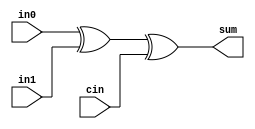
// Module for Full adder 
module FA (in0, in1, cin, sum); 
    input in0, in1, cin; 
    output sum; 

    xor(sum, in0, in1, cin);
endmodule 

// Module fpr recursive doubling based adder
module RCDA (a, b, c_input, sum, carry);
    input[63:0] a, b;
    input c_input;
    output[63:0] sum;
    output carry;

    // 00-> kill, 01->propagate, 10->generate
    reg[1:0] kgp[0:63];
    reg[63:0] Cin;

    reg[1:0] tmp1, tmp2;
    reg[1:0] kgp2[0:63];
    reg[1:0] kgp_t1[0:63];
    reg[1:0] kgp_t2[0:63];
    reg[6:0] i, j, k, m, n;

    always @(*) begin
        // tmp[1] = a[0]&b[0] | a[0]&cin | b[0]&cin;
        // tmp[0] = a[0]&b[0] | a[0]&cin | b[0]&cin;
        // kgp[0] = tmp;

        // Calculating kgp for 0th bit based on carry input given
        if(a[0]==0 & b[0]==0) 
            kgp[0] = 2'b00;
        else if(a[0]==1 & b[0]==1) 
            kgp[0] = 2'b10;
        else if((a[0]==1 & b[0]==0) | (a[0]==0 & b[0]==1)) begin
            if(c_input==1) 
                kgp[0] = 2'b10;
            else 
                kgp[0] = 2'b00;
        end

        i = 7'b0000001;
        // While loop to calculate kgp for remaining bits based on value of 'a' and 'b'
        while(i<=63) begin

            if(a[i]==0 & b[i]==0) 
                kgp[i] = 2'b00;
            else if(a[i]==1 & b[i]==1) 
                kgp[i] = 2'b10;
            else
                kgp[i] = 2'b01;
            
            i=i+1;
        end

        // Making a temporary kgp's for modification during recursive doubling
        for (i = 0; i<=63; i=i+1) begin
            kgp2[i] = kgp[i];
            kgp_t1[i] = kgp[i];
        end

        i=7'b0000001;
        while(i<=63) begin
            j = i;
            while(j<=63) begin
                tmp1 = kgp_t1[j-i];
                tmp2 = kgp_t1[j];

                if (tmp2==2'b00) begin
                    kgp2[j] = 2'b00;
                end
                else if(tmp2==2'b10) begin
                    kgp2[j] = 2'b10;
                end
                else begin
                    kgp2[j] = tmp1;
                end

                j=j+1;
            end

            for(k=0; k<=63; k=k+1) begin
                kgp_t1[k] = kgp2[k];
            end

            i=i<<1;
        end

        i=7'b0000000;
        while(i<=63) begin
            if(kgp2[i]==2'b10) begin
                Cin[i] = 1;
            end
            else begin
                Cin[i] = 0;
            end
            i=i+1;
        end
    end


    FA fa1(a[0], b[0], c_input, sum[0]);
    FA fa2(a[1], b[1], Cin[0], sum[1]);
    FA fa3(a[2], b[2], Cin[1], sum[2]);
    FA fa4(a[3], b[3], Cin[2], sum[3]);
    FA fa5(a[4], b[4], Cin[3], sum[4]);
    FA fa6(a[5], b[5], Cin[4], sum[5]);
    FA fa7(a[6], b[6], Cin[5], sum[6]);
    FA fa8(a[7], b[7], Cin[6], sum[7]);
    FA fa9(a[8], b[8], Cin[7], sum[8]);
    FA fa10(a[9], b[9], Cin[8], sum[9]);
    FA fa11(a[10], b[10], Cin[9], sum[10]);
    FA fa12(a[11], b[11], Cin[10], sum[11]);
    FA fa13(a[12], b[12], Cin[11], sum[12]);
    FA fa14(a[13], b[13], Cin[12], sum[13]);
    FA fa15(a[14], b[14], Cin[13], sum[14]);
    FA fa16(a[15], b[15], Cin[14], sum[15]);
    FA fa17(a[16], b[16], Cin[15], sum[16]);
    FA fa18(a[17], b[17], Cin[16], sum[17]);
    FA fa19(a[18], b[18], Cin[17], sum[18]);
    FA fa20(a[19], b[19], Cin[18], sum[19]);
    FA fa21(a[20], b[20], Cin[19], sum[20]);
    FA fa22(a[21], b[21], Cin[20], sum[21]);
    FA fa23(a[22], b[22], Cin[21], sum[22]);
    FA fa24(a[23], b[23], Cin[22], sum[23]);
    FA fa25(a[24], b[24], Cin[23], sum[24]);
    FA fa26(a[25], b[25], Cin[24], sum[25]);
    FA fa27(a[26], b[26], Cin[25], sum[26]);
    FA fa28(a[27], b[27], Cin[26], sum[27]);
    FA fa29(a[28], b[28], Cin[27], sum[28]);
    FA fa30(a[29], b[29], Cin[28], sum[29]);
    FA fa31(a[30], b[30], Cin[29], sum[30]);
    FA fa32(a[31], b[31], Cin[30], sum[31]);
    FA fa33(a[32], b[32], Cin[31], sum[32]);
    FA fa34(a[33], b[33], Cin[32], sum[33]);
    FA fa35(a[34], b[34], Cin[33], sum[34]);
    FA fa36(a[35], b[35], Cin[34], sum[35]);
    FA fa37(a[36], b[36], Cin[35], sum[36]);
    FA fa38(a[37], b[37], Cin[36], sum[37]);
    FA fa39(a[38], b[38], Cin[37], sum[38]);
    FA fa40(a[39], b[39], Cin[38], sum[39]);
    FA fa41(a[40], b[40], Cin[39], sum[40]);
    FA fa42(a[41], b[41], Cin[40], sum[41]);
    FA fa43(a[42], b[42], Cin[41], sum[42]);
    FA fa44(a[43], b[43], Cin[42], sum[43]);
    FA fa45(a[44], b[44], Cin[43], sum[44]);
    FA fa46(a[45], b[45], Cin[44], sum[45]);
    FA fa47(a[46], b[46], Cin[45], sum[46]);
    FA fa48(a[47], b[47], Cin[46], sum[47]);
    FA fa49(a[48], b[48], Cin[47], sum[48]);
    FA fa50(a[49], b[49], Cin[48], sum[49]);
    FA fa51(a[50], b[50], Cin[49], sum[50]);
    FA fa52(a[51], b[51], Cin[50], sum[51]);
    FA fa53(a[52], b[52], Cin[51], sum[52]);
    FA fa54(a[53], b[53], Cin[52], sum[53]);
    FA fa55(a[54], b[54], Cin[53], sum[54]);
    FA fa56(a[55], b[55], Cin[54], sum[55]);
    FA fa57(a[56], b[56], Cin[55], sum[56]);
    FA fa58(a[57], b[57], Cin[56], sum[57]);
    FA fa59(a[58], b[58], Cin[57], sum[58]);
    FA fa60(a[59], b[59], Cin[58], sum[59]);
    FA fa61(a[60], b[60], Cin[59], sum[60]);
    FA fa62(a[61], b[61], Cin[60], sum[61]);
    FA fa63(a[62], b[62], Cin[61], sum[62]);
    FA fa64(a[63], b[63], Cin[62], sum[63]);


    // assign sum = kgp2[5];
    // assign sum=Cin;
    assign carry = Cin[63];
endmodule